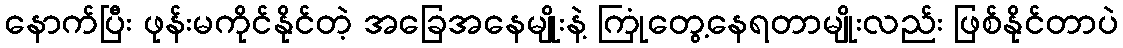
နောက်ပြီး ဖုန်းမကိုင်နိုင်တဲ့ အခြေအနေမျိုးနဲ့ ကြုံတွေ့နေရတာမျိုးလည်း ဖြစ်နိုင်တာပဲ